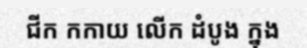
ជីក កកាយ លើក ដំបូង ក្នុង